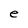
Character: e